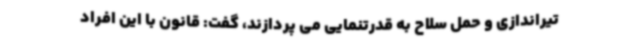
تیراندازی و حمل سلاح به قدرتنمایی می پردازند، گفت: قانون با این افراد